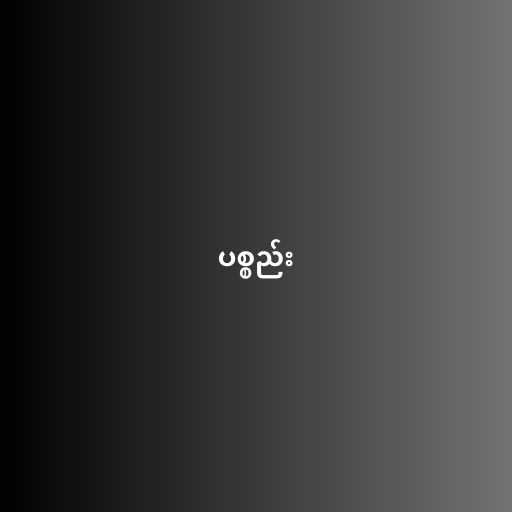
ပစ္စည်း